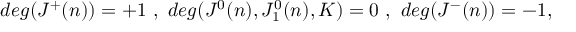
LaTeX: d e g ( J ^ { + } ( n ) ) = + 1 \ , \ d e g ( J ^ { 0 } ( n ) , J _ { 1 } ^ { 0 } ( n ) , K ) = 0 \ , \ d e g ( J ^ { - } ( n ) ) = - 1 ,